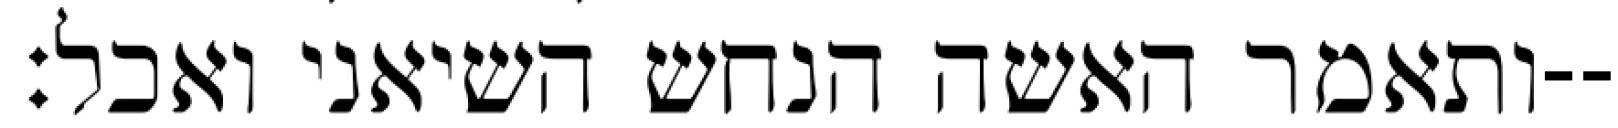
ותאמר האשה הנחש השיאני ואכל׃--